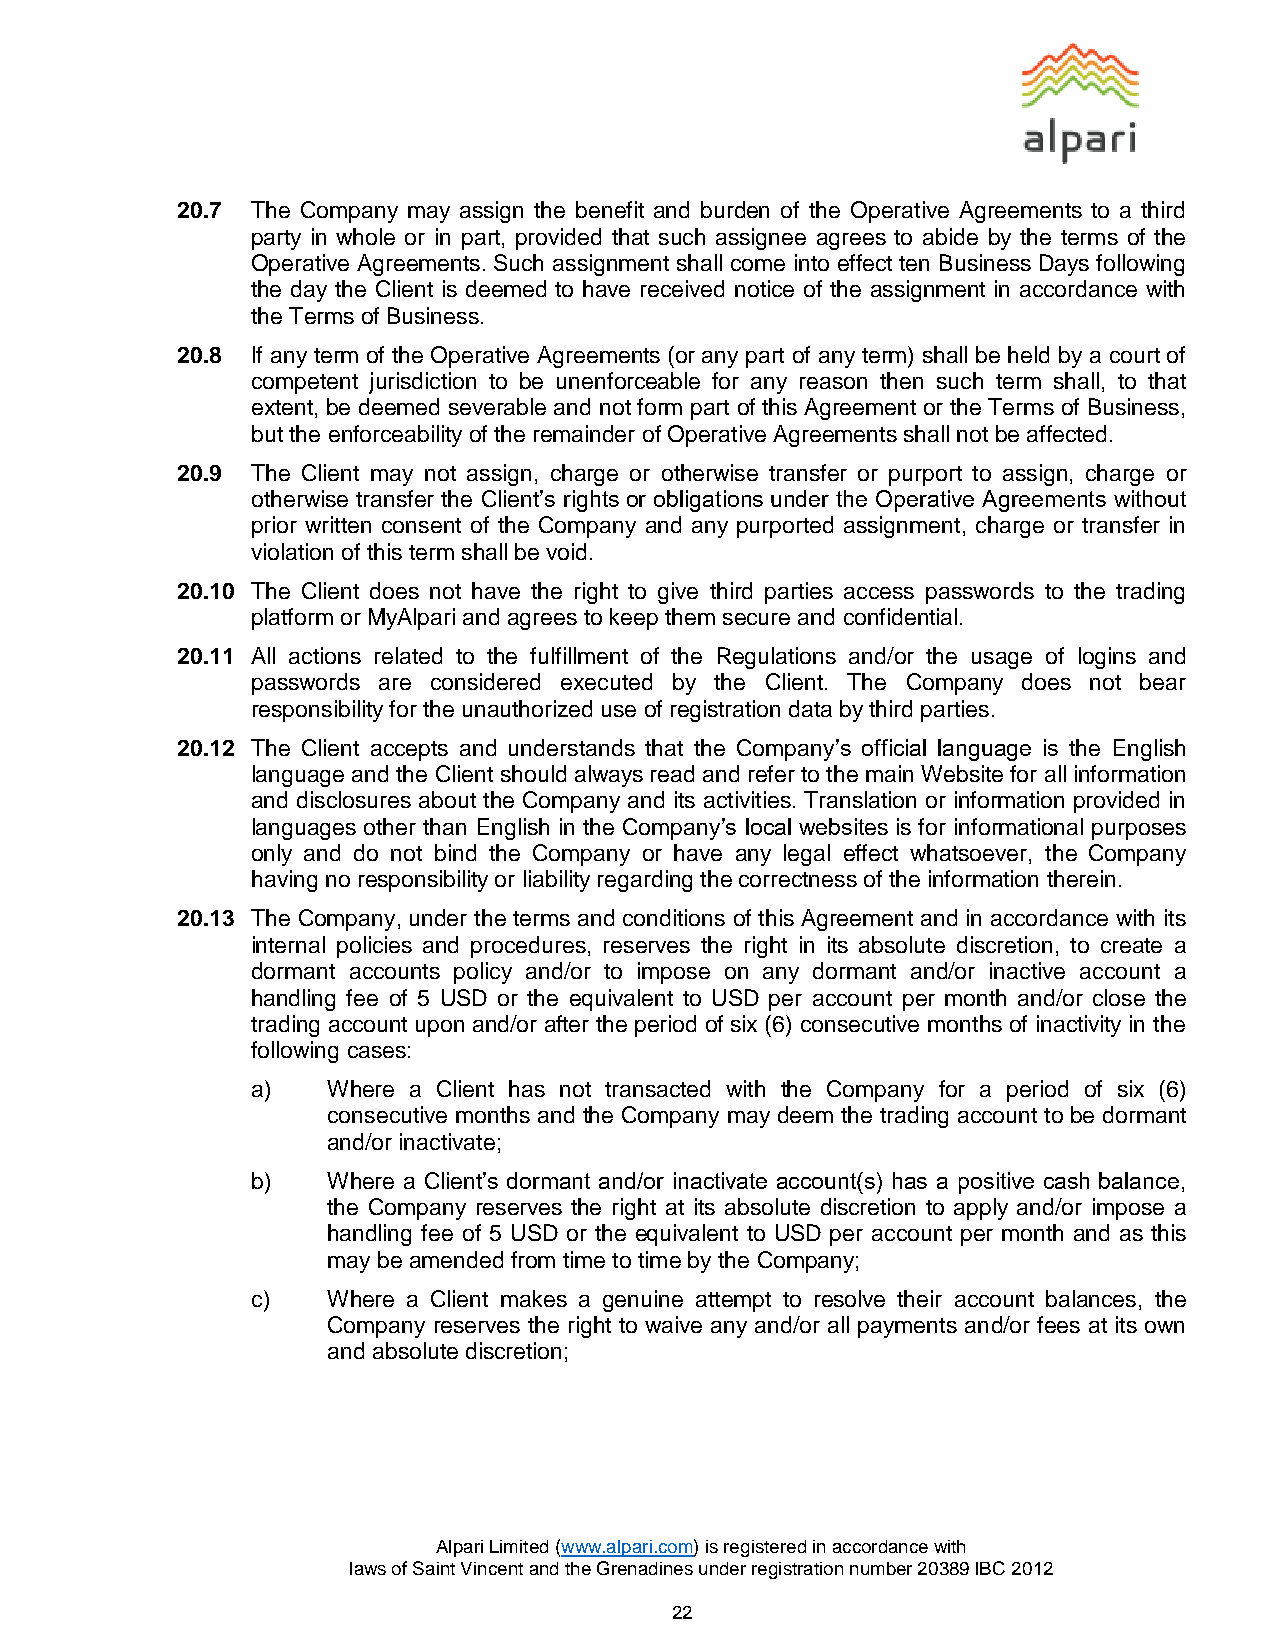
20.7 The Company may assign the benefit and burden of the Operative Agreements to a third
 party in whole or in part, provided that such assignee agrees to abide by the terms of the
 Operative Agreements. Such assignment shall come into effect ten Business Days following
 the day the Client is deemed to have received notice of the assignment in accordance with
 the Terms of Business.
 20.8 If any term of the Operative Agreements (or any part of any term) shall be held by a court of
 competent jurisdiction to be unenforceable for any reason then such term shall, to that
 extent, be deemed severable and not form part of this Agreement or the Terms of Business,
 but the enforceability of the remainder of Operative Agreements shall not be affected.
 20.9 The Client may not assign, charge or otherwise transfer or purport to assign, charge or
 otherwise transfer the Client’s rights or obligations under the Operative Agreements without
 prior written consent of the Company and any purported assignment, charge or transfer in
 violation of this term shall be void.
 20.10 The Client does not have the right to give third parties access passwords to the trading
 platform or MyAlpari and agrees to keep them secure and confidential.
 20.11 All actions related to the fulfillment of the Regulations and/or the usage of logins and
 passwords are considered executed by the Client. The Company does not bear
 responsibility for the unauthorized use of registration data by third parties.
 20.12 The Client accepts and understands that the Company’s official language is the English
 language and the Client should always read and refer to the main Website for all information
 and disclosures about the Company and its activities. Translation or information provided in
 languages other than English in the Company’s local websites is for informational purposes
 only and do not bind the Company or have any legal effect whatsoever, the Company
 having no responsibility or liability regarding the correctness of the information therein.
 20.13 The Company, under the terms and conditions of this Agreement and in accordance with its
 internal policies and procedures, reserves the right in its absolute discretion, to create a
 dormant accounts policy and/or to impose on any dormant and/or inactive account a
 handling fee of 5 USD or the equivalent to USD per account per month and/or close the
 trading account upon and/or after the period of six (6) consecutive months of inactivity in the
 following cases:
 a)   Where a Client has not transacted with the Company for a period of six (6)
 consecutive months and the Company may deem the trading account to be dormant
 and/or inactivate;
 b)   Where a Client’s dormant and/or inactivate account(s) has a positive cash balance,
 the Company reserves the right at its absolute discretion to apply and/or impose a
 handling fee of 5 USD or the equivalent to USD per account per month and as this
 may be amended from time to time by the Company;
 c)   Where a Client makes a genuine attempt to resolve their account balances, the
 Company reserves the right to waive any and/or all payments and/or fees at its own
 and absolute discretion;
 Alpari Limited (www.alpari.com) is registered in accordance with
 laws of Saint Vincent and the Grenadines under registration number 20389 IBC 2012
 22